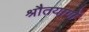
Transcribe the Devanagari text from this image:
श्रौतयागों